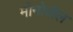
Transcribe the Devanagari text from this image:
मोनोवॉल